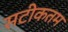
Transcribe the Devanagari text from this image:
सटीकतम